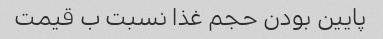
پایین بودن حجم غذا نسبت ب قیمت